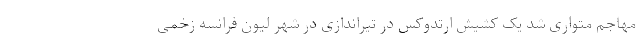
مهاجم متواری شد یک کشیش ارتدوکس در تیراندازی در شهر لیون فرانسه زخمی